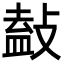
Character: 𢾩